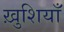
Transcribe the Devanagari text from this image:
ख़ुशियाँ